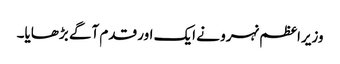
وزیراعظم نہرو نے ایک اور قدم آگے بڑھایا۔